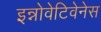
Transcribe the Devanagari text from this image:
इन्नोवेटिवेनेस